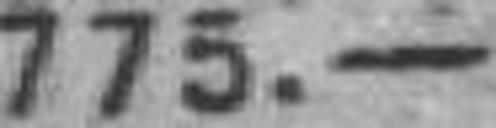
775.—